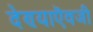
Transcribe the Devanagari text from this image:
देण्याऎवजी